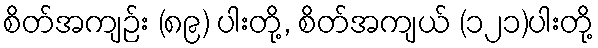
စိတ်အကျဉ်း (၈၉) ပါးတို့, စိတ်အကျယ် (၁၂၁)ပါးတို့